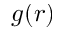
g ( r )